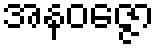
အနဝဇ္ဇော